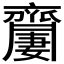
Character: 𪗍